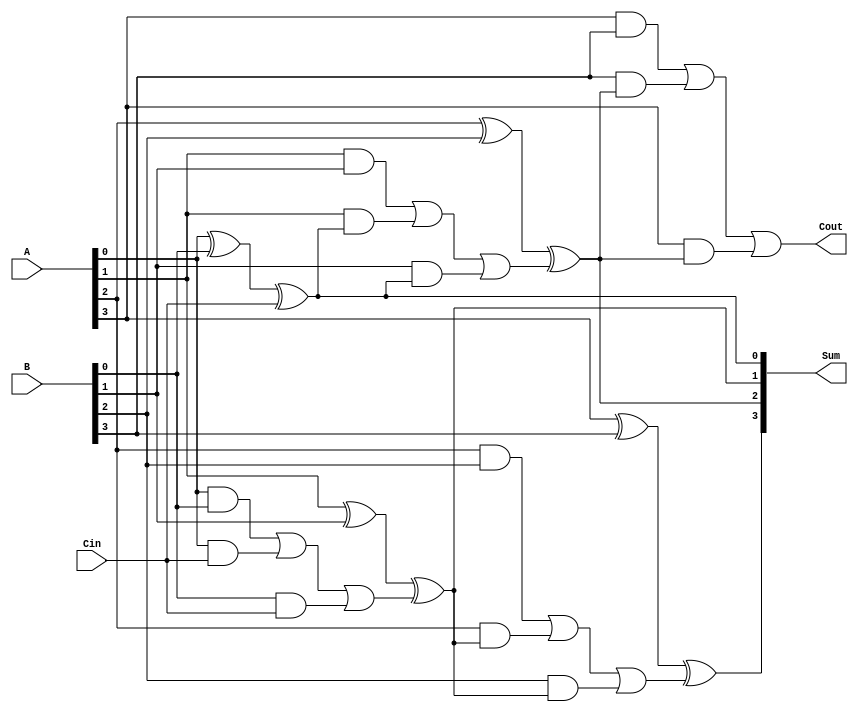
module four_bit_adder(
    input [3:0] A,
    input [3:0] B,
    input Cin,
    output reg [3:0] Sum,
    output reg Cout
);

always @ (*) begin
    Sum[0] = A[0] ^ B[0] ^ Cin;
    Sum[1] = A[1] ^ B[1] ^ ((A[0] & B[0]) | (A[0] & Cin) | (B[0] & Cin));
    Sum[2] = A[2] ^ B[2] ^ ((A[1] & B[1]) | (A[1] & Sum[0]) | (B[1] & Sum[0]));
    Sum[3] = A[3] ^ B[3] ^ ((A[2] & B[2]) | (A[2] & Sum[1]) | (B[2] & Sum[1]));
    
    Cout = (A[3] & B[3]) | (B[3] & Sum[2]) | (A[3] & Sum[2]);
end

endmodule